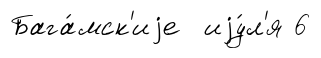
Бага́мск'иjе иjу́л'я 6